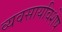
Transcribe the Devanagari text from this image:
व्यवसायविशेष